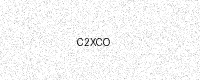
Text: C2XCO